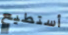
أستطيع